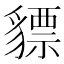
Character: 𧴋